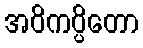
အဝိကပ္ပိတော